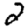
Digit: 2